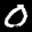
Label: 0